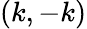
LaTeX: (k,-k)